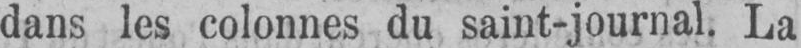
dans les colonnes du saint-journal. La